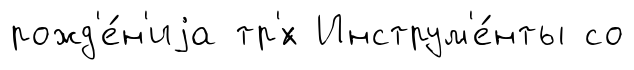
рожд'е́н'иjа тр'́х Инструм'е́нты со